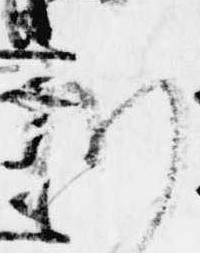
給